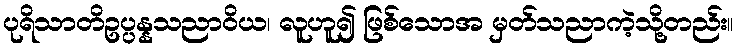
ပုရိသာတိဥပ္ပန္နသညာဝိယ၊ လူဟူ၍ ဖြစ်သောအ မှတ်သညာကဲ့သို့တည်း။